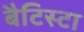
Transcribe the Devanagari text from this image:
बैटिस्टा